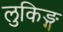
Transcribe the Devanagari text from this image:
लुकिङ्ग